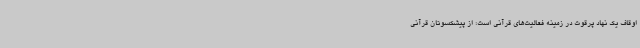
اوقاف یک نهاد پرقوت در زمینه فعالیت‌های قرآنی است؛ از پیشکسوتان قرآنی